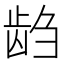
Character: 𱌭